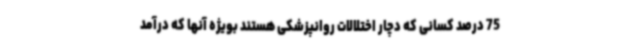
75 درصد کسانی که دچار اختلالات روانپزشکی هستند بویژه آنها که درآمد